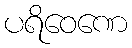
ပရိဝေဏေ